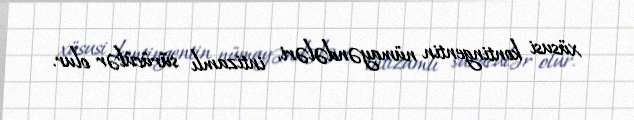
xüsusi kontingentin nümayəndələri, intizamlı sürücülər olur.